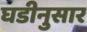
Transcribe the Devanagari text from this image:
घडीनुसार